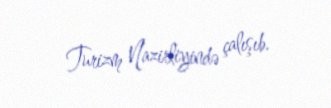
Turizm Nazirliyində çalışıb.